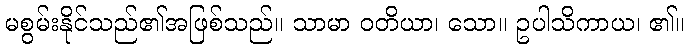
မစွမ်းနိုင်သည်၏အဖြစ်သည်။ သာမာ ဝတိယာ၊ သော။ ဥပါသိကာယ၊ ၏။